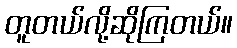
တူတယ်လို့ဆိုကြတယ်။